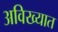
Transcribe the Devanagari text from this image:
अविख्यात